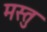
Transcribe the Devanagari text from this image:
मस्तु